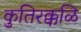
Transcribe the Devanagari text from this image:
कुतिरक्कळि